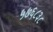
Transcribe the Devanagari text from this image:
५७६८३८